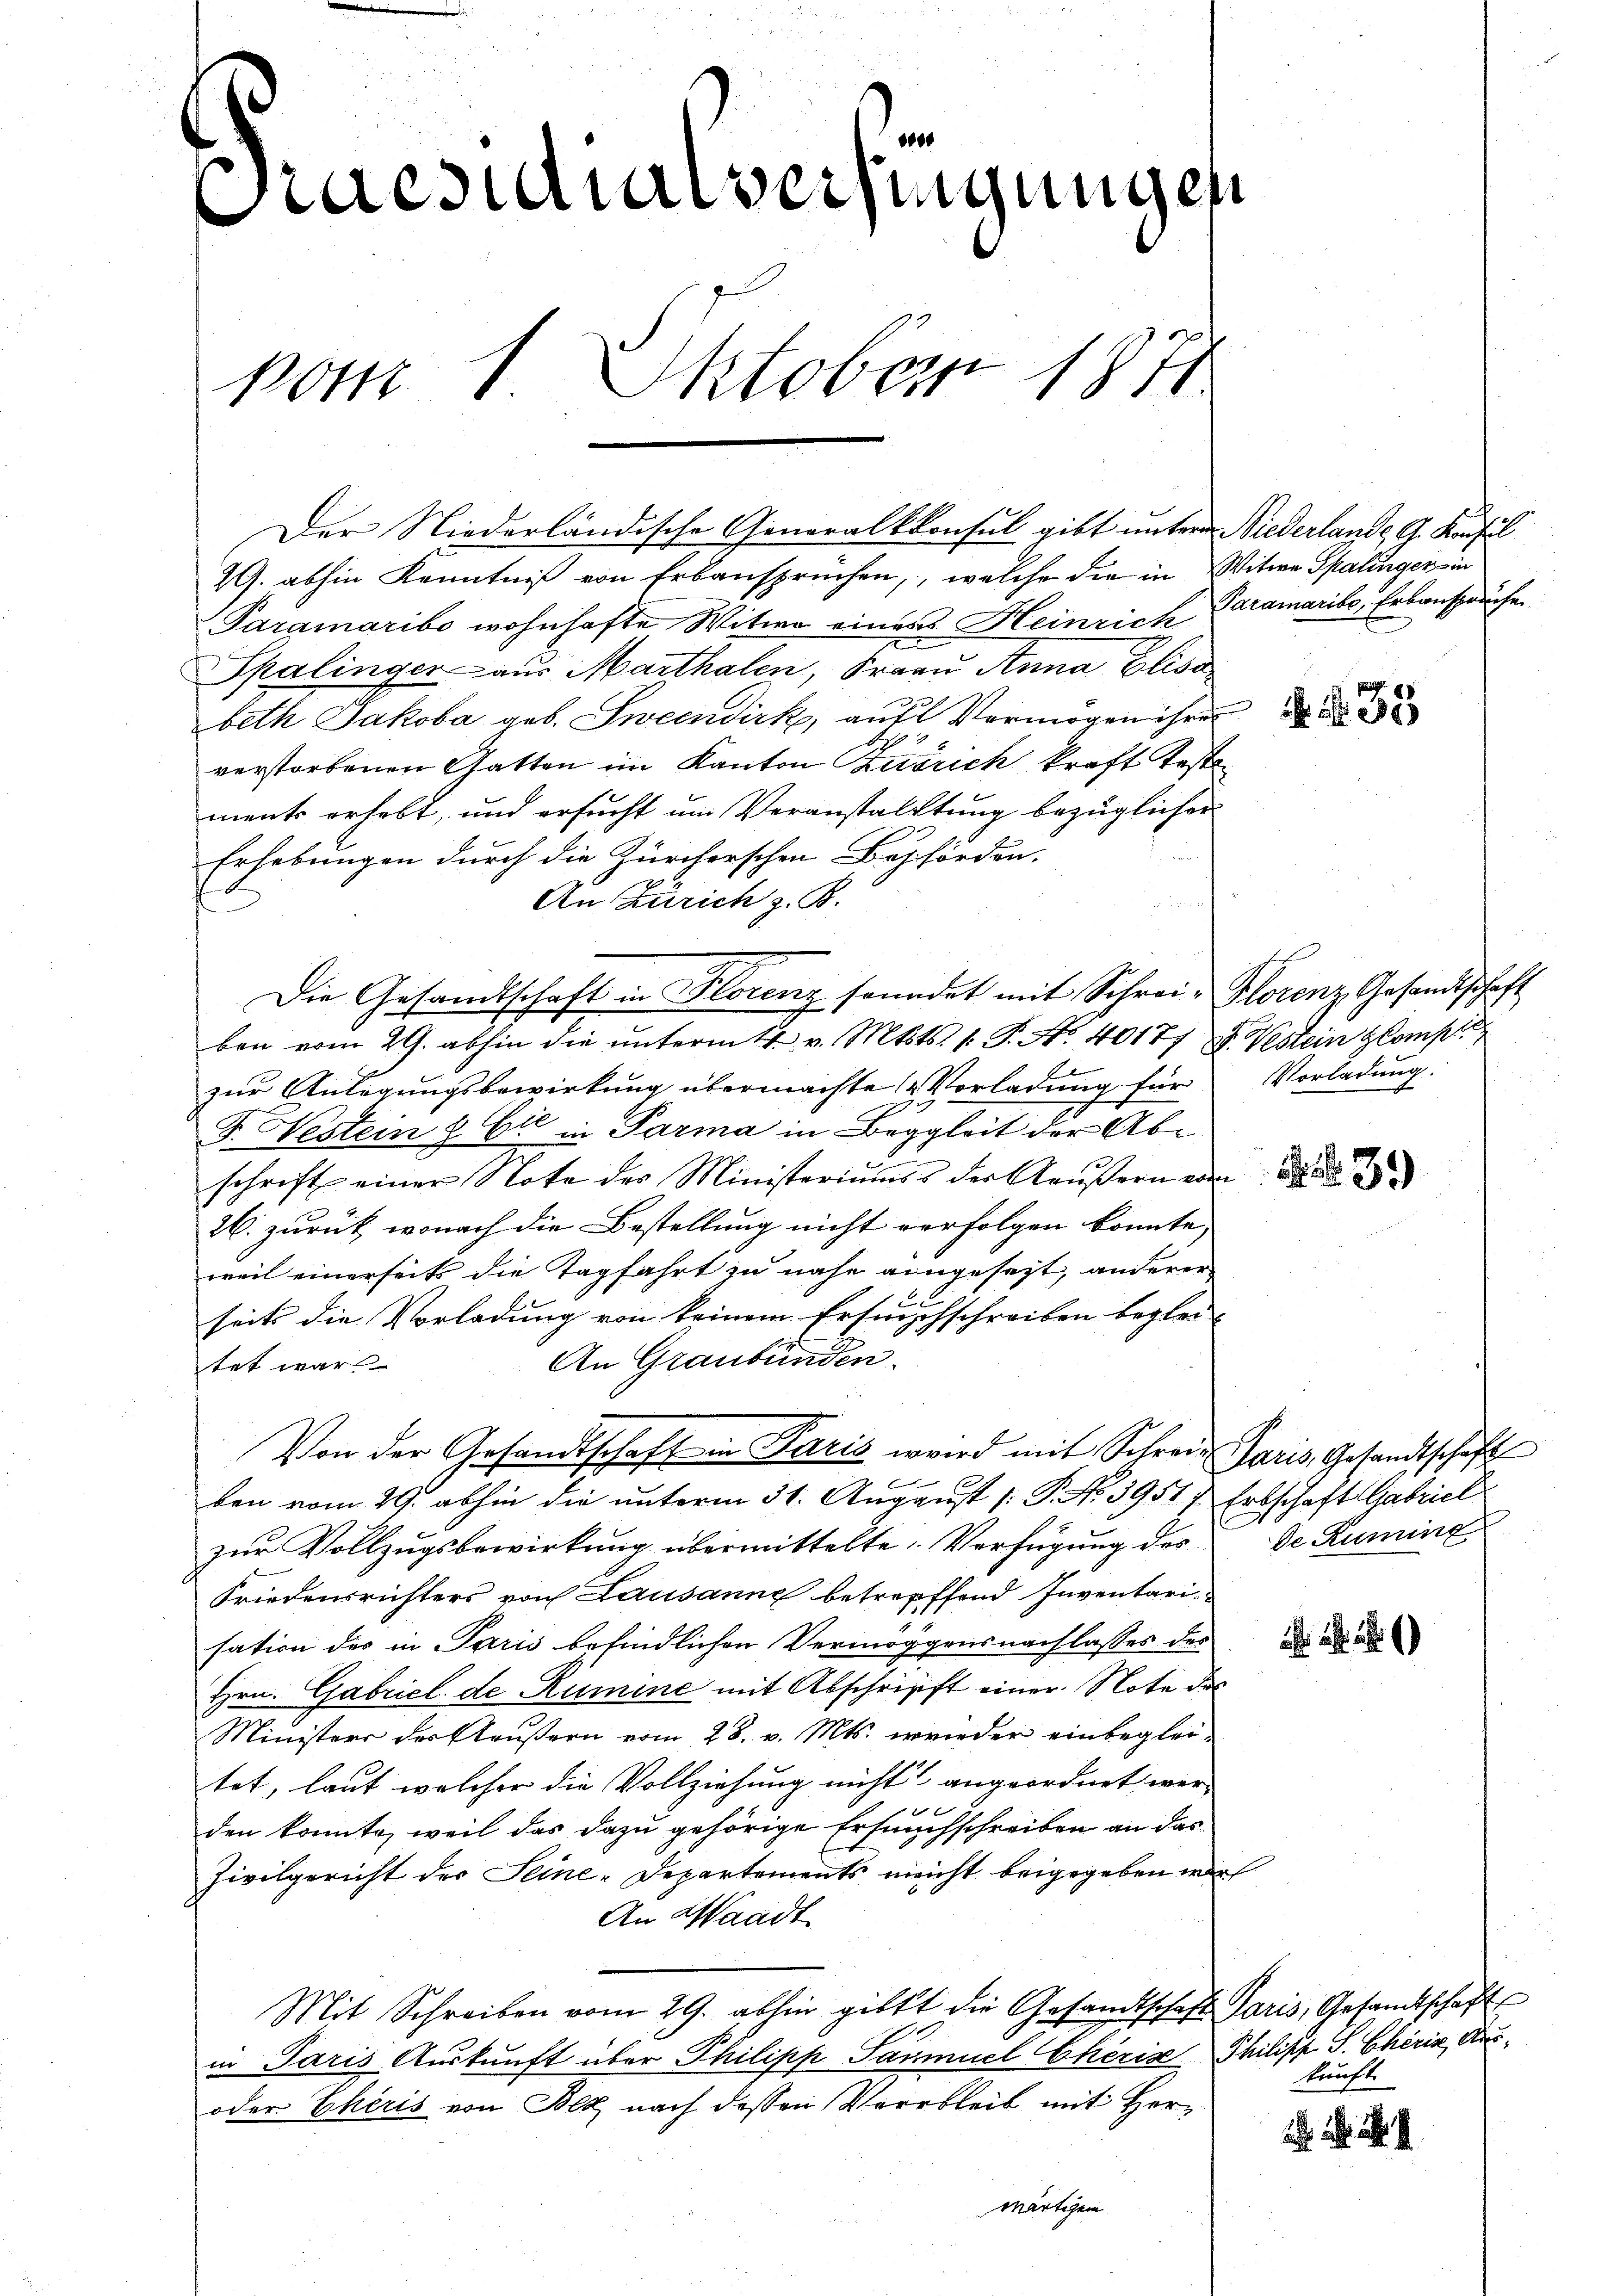
Praesidialversingungen
Pom 1. Oktober 1811.

29. abhin Kenntniß von Erbansprüchen, welche die in Witwe Spalinger in
Paramaribo wohnhafte Witwe einers Heinrich Paramarite, Erbanspruche
Spalinger - aus Marthalen, Frau Anna Elisa
beth Jakoba geb. Zweckdirk, auf Vermögen ihrer
verstorbenen Gatten im Kanton Zürich kraft teste
ments erhebt, und ersucht um Veranstaltung bezüglicher
Erhebungen durch die Zürcherschen Behörden.
1
 000
An Zürich z. B.
ben vom 29. abhin die unterm 14. v. Mts. 1. P. Nr. 40177 u. Westein Glamp
zur Anlegungsbewirkung übermachte Vorladung für Vorladung:
F. Nestein & Cie in Parma in Begleit der Abschrift einer Note des Ministeriums der Aŭβern ein
26 zurück, wonach die Bestellung nicht verfolgen konnte,
weil einerseits die Tagfahrt zu nahe eingesezt, anderer
c
seits die Vorladung von keinem Ersuchschreiben beglei-
An Graubünden.
tet war.
Von der Gesandtschaft in Paris wird mit Schreie Paris, Gesandtschaft
 x
ben vom 29. abhin die unterm 31. August [ P. No. 3951. Erbschaft Gabriel
C
zur Vollzugsbewirkung übermittelte Verfügung des de Ruming
Friedensrichters von Lausanne betreffend Inventari-
sation der in Paris befindlichen Vermögensnachlasses des
Hrn. Gabriel de Rumine mit Abschrift einer Note des
Ministers der Häußern vom 28. v. Mts. wieder einbegleitet, laut welcher die Vollziehung nicht angeordnet wer-
x
den konnte, weil das dazu gehörige Ersuchschreiben an das
Zivilgericht der Seine-Departements meicht beigegeben war
An Waadt
Mit Schreiben vom 29. abhin gibt die Gesandtschaft Paris, Gesandtschaft
in Paris Auskunft über Philipp Saumel Cheris Philipp S. Chris, Aus¬
oder Eheris von Bald nach dessen Verbleib mit Hor¬
Märtigem

Der Niederländische Generalkonsul gibt unter Niederlande G. Konsul

Die Gesandtschaft in Florenz sonadet mit Schrei-Klorenz Gesandtschaft

. 35

39)

kunft.